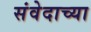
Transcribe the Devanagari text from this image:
संवेदाच्या